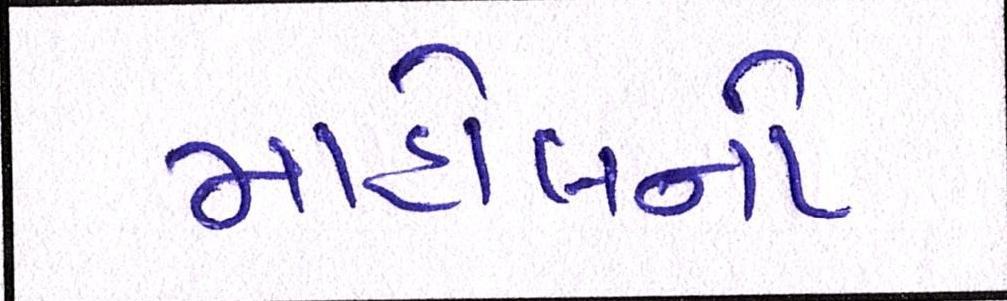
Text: માહોલનો